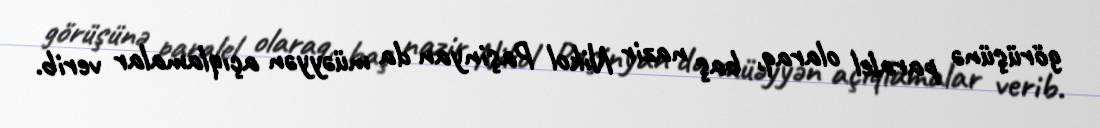
görüşünə paralel olaraq, baş nazir Nikol Paşinyan da müəyyən açıqlamalar verib.